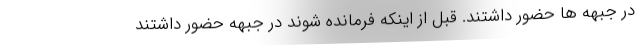
در جبهه ها حضور داشتند. قبل از اینکه فرمانده شوند در جبهه حضور داشتند